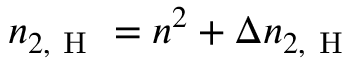
n _ { 2 , \mathrm { ~ H ~ } } = n ^ { 2 } + \Delta n _ { 2 , \mathrm { ~ H ~ } }